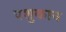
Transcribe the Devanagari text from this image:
पशुकान